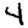
Digit: 4